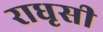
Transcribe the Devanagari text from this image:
राधृसी